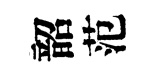
韶范